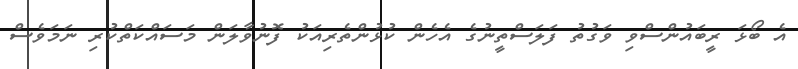
އެ ބޯޅަ ރީބައުންސްވި ވަގުތު ފަލަސްތީނުގެ އެހެން ކުޅުންތެރިއަކު ފޮނުވާލަން މަސައްކަތްކުރި ނަމަވެސް